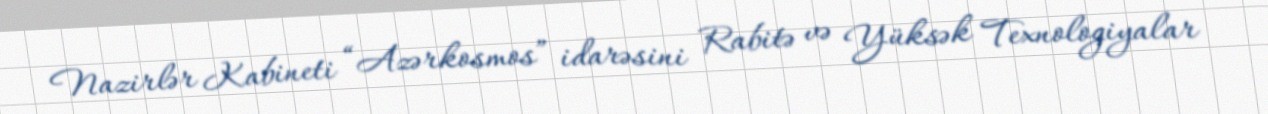
Nazirlər Kabineti “Azərkosmos” idarəsini Rabitə və Yüksək Texnologiyalar